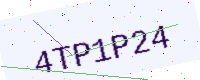
Text: 4TP1P24